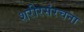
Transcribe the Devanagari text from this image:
शरीरसंरचना